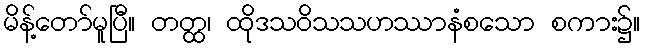
မိန့်တော်မူပြီ။ တတ္ထ၊ ထိုဒသဝိသသဟဿာနံစသော စကား၌။